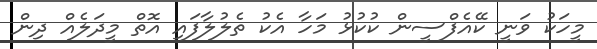
މީހަކު ވަނީ ކޭއެފްސީން ކުކުޅު މަހާ އެކު ތެލުލާފައި އޮތް މީދަލެއް ދިން